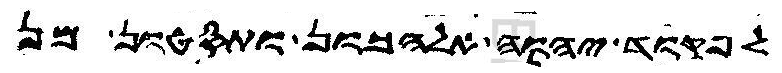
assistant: לפקוד יהוה אלהכון ותסטון מן